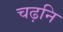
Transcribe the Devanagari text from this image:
चढ़नि